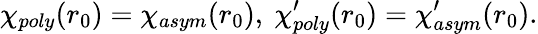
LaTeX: \chi_{poly}(r_{0})=\chi_{asym}(r_{0}),\ \chi_{poly}^{\prime}(r_{0})=\chi_{asym}^{\prime}(r_{0}).